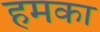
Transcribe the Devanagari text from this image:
हमका